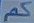
كم